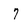
Character: 7